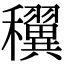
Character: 𥤌